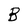
Character: B